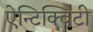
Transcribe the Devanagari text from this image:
ऐन्टिक्विटी